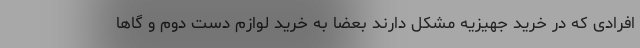
افرادی که در خرید جهیزیه مشکل دارند بعضا به خرید لوازم دست دوم و گاها